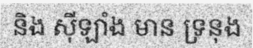
និង ស៊ីឡាំង មាន ទ្រនុង